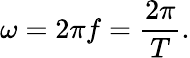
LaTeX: \omega=2\pi f={\frac{2\pi}{T}}.